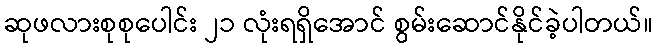
ဆုဖလားစုစုပေါင်း ၂၁ လုံးရရှိအောင် စွမ်းဆောင်နိုင်ခဲ့ပါတယ်။